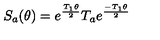
S _ { a } ( \theta ) = e ^ { \frac { T _ { 1 } \theta } { 2 } } T _ { a } e ^ { \frac { - T _ { 1 } \theta } { 2 } }